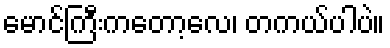
မောင်ကြီးကတော့လေ၊ တကယ်ပါပဲ။